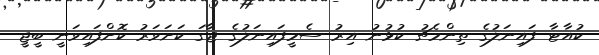
ކުއާޓާ ފައިނަލުގެ ތިންމެޗު ކުޅުނު އިރު ސެމީފައިނަލުގެ ޖާގަ ކަށަވަރު ކޮށްފައިވަނީ ބީޖީ